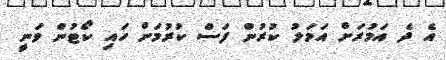
އެ ދެ އަމުރަށް އަމަލު ކުރުން ފަސް ކުރުމަށް ހައި ކޯޓުން ވަނީ